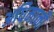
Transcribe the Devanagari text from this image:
अधिमानी